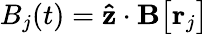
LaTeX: B_{j}(t)=\mathbf{\hat{z}}\cdot\mathbf{B}\big[\mathbf{r}_{j}\big]